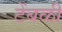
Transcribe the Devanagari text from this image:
टेंबळी